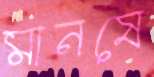
মানষে